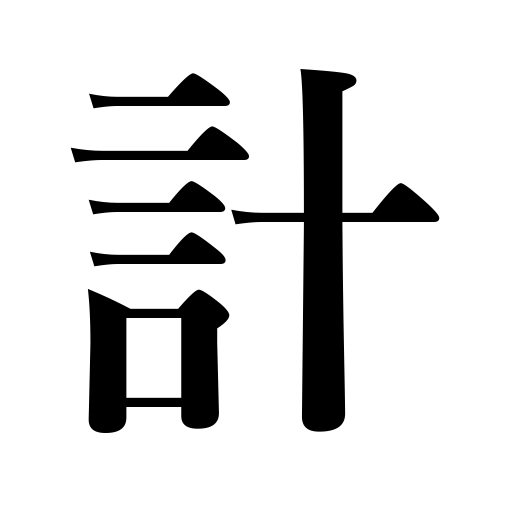
Meanings: compute,sound,weigh,measure,total,trick,arrange,scheme,dispose of,talk over,see about,plan,meter,gauge,estimate,manage,fathom